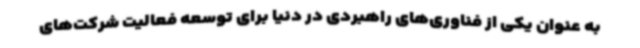
به عنوان یکی از فناوری‌های راهبردی در دنیا برای توسعه فعالیت شرکت‌های